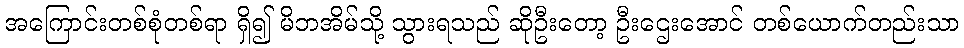
အကြောင်းတစ်စုံတစ်ရာ ရှိ၍ မိဘအိမ်သို့ သွားရသည် ဆိုဦးတော့ ဦးဌေးအောင် တစ်ယောက်တည်းသာ